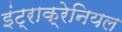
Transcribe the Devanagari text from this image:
इंट्राक्रेनियल